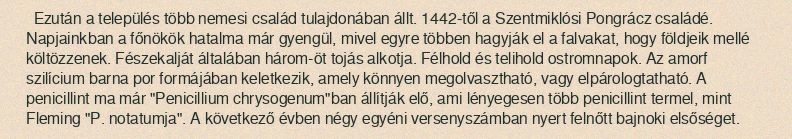
Ezután a település több nemesi család tulajdonában állt. 1442-től a Szentmiklósi Pongrácz családé. Napjainkban a főnökök hatalma már gyengül, mivel egyre többen hagyják el a falvakat, hogy földjeik mellé költözzenek. Fészekalját általában három-öt tojás alkotja. Félhold és telihold ostromnapok. Az amorf szilícium barna por formájában keletkezik, amely könnyen megolvasztható, vagy elpárologtatható. A penicillint ma már "Penicillium chrysogenum"ban állítják elő, ami lényegesen több penicillint termel, mint Fleming "P. notatumja". A következő évben négy egyéni versenyszámban nyert felnőtt bajnoki elsőséget.